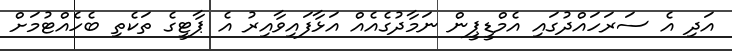
އަދި އެ ސަރަހައްދުގައި އެމްޑީޕީން ނަމާދުގެއެއް އަޅާފައިވާއިރު އެ ޕާޓީގެ ތަކެތި ބެހެއްޓުމަށް